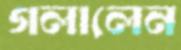
গলালেন